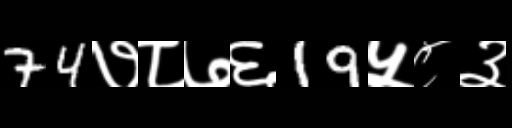
Text: 74७८७६19५८३